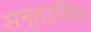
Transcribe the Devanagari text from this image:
सन्दर्शितः